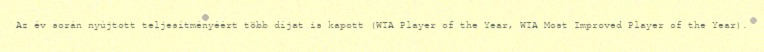
Az év során nyújtott teljesítményéért több díjat is kapott (WTA Player of the Year, WTA Most Improved Player of the Year).